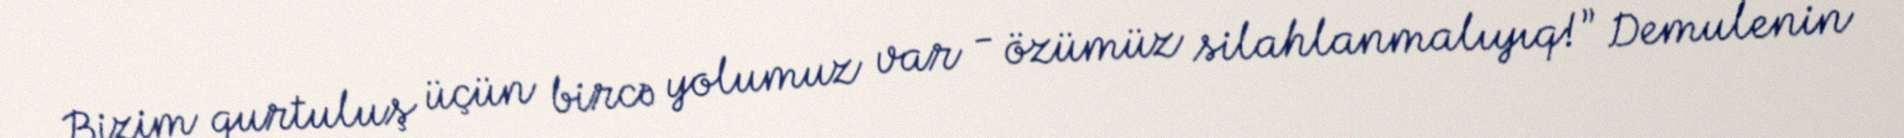
Bizim qurtuluş üçün bircə yolumuz var - özümüz silahlanmalıyıq!” Demulenin